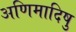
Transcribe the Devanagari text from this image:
अणिमादिषु